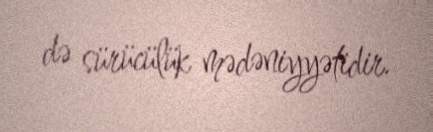
də sürücülük mədəniyyətidir.